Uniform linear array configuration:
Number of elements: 4
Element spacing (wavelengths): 1
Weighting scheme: exponential
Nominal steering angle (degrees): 15
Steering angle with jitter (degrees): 14.247
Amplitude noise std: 0.05
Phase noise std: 0.05

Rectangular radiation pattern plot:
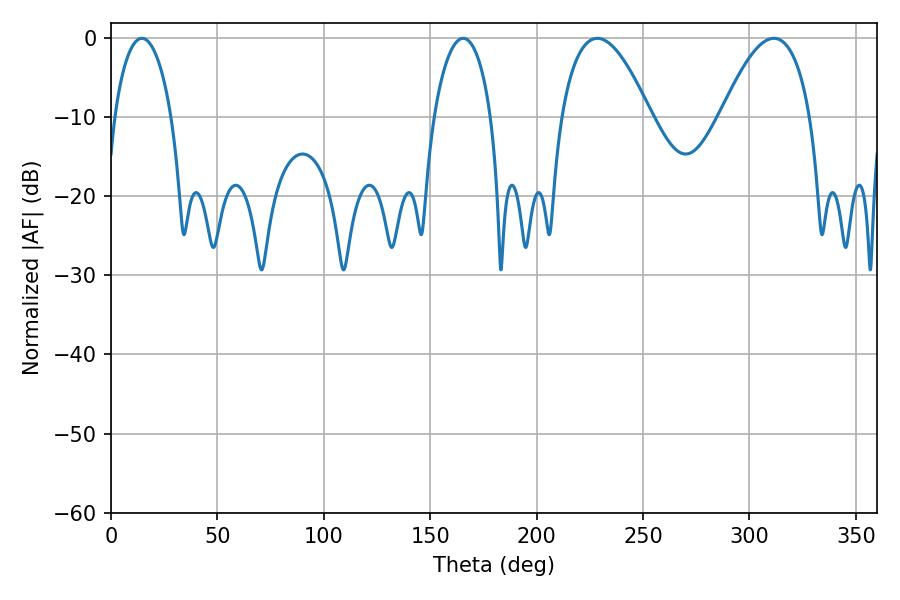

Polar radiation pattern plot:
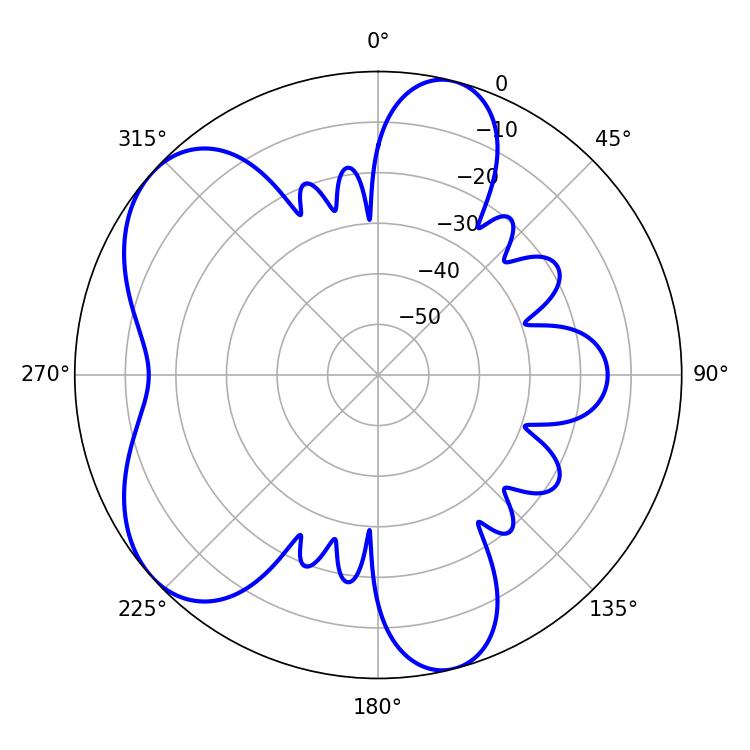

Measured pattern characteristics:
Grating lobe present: TRUE
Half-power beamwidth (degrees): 23.04
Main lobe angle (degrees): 228.6